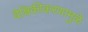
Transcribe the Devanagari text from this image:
वैश्विकीकरणामुळे